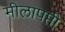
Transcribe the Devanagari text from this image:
मीलापप्ती